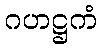
ဂဟဋ္ဌကံ